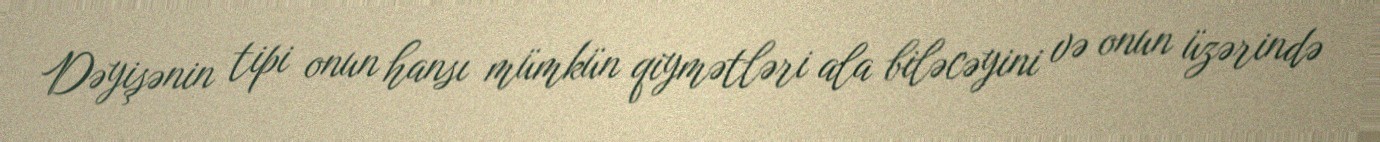
Dəyişənin tipi onun hansı mümkün qiymətləri ala biləcəyini və onun üzərində